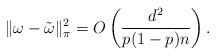
LaTeX: \begin{align*} \|\omega - \tilde\omega\|_\pi^2 = O\left(\frac{d^2}{p(1-p)n}\right).\end{align*}